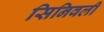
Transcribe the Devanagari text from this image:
सिनिवली